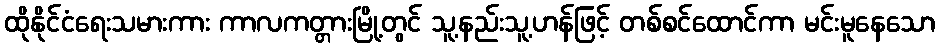
ထိုနိုင်ငံရေးသမားကား ကာလကတ္တားမြို့တွင် သူ့နည်းသူ့ဟန်ဖြင့် တစ်စင်ထောင်ကာ မင်းမူနေသော